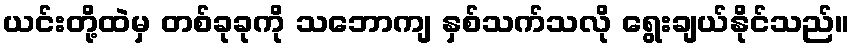
ယင်းတို့ထဲမှ တစ်ခုခုကို သဘောကျ နှစ်သက်သလို ရွေးချယ်နိုင်သည်။